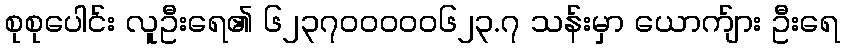
စုစုပေါင်း လူဦးရေ၏ ၆၂၃၇၀၀၀၀၀၆၂၃.၇ သန်းမှာ ယောက်ျား ဦးရေ